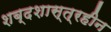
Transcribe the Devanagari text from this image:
शब्दशास्त्रहीन